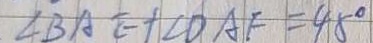
\angle B A E + \angle D A F = 4 5 ^ { \circ }